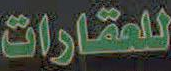
للعقارات